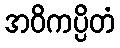
အဝိကပ္ပိတံ